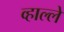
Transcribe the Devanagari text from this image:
व्हाल्ले